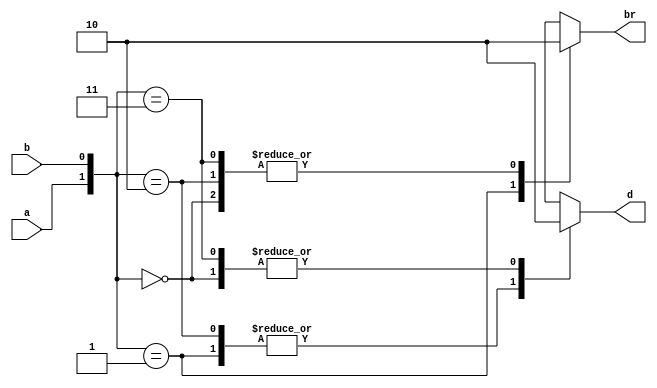

module half_sub_behavioural(a,b,d,br);
input a,b;
output reg d,br;
always@(*)
begin
case({a,b})
2'b00: d=0; 
2'b01: d=1; 
2'b10: d=1;
2'b11: d=0;
endcase

case({a,b})
2'b00: br=0; 
2'b01: br=1; 
2'b10: br=0;
2'b11: br=0;

endcase
end
endmodule